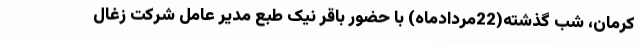
کرمان، شب گذشته(22مردادماه) با حضور باقر نیک طبع مدیر عامل شرکت زغال